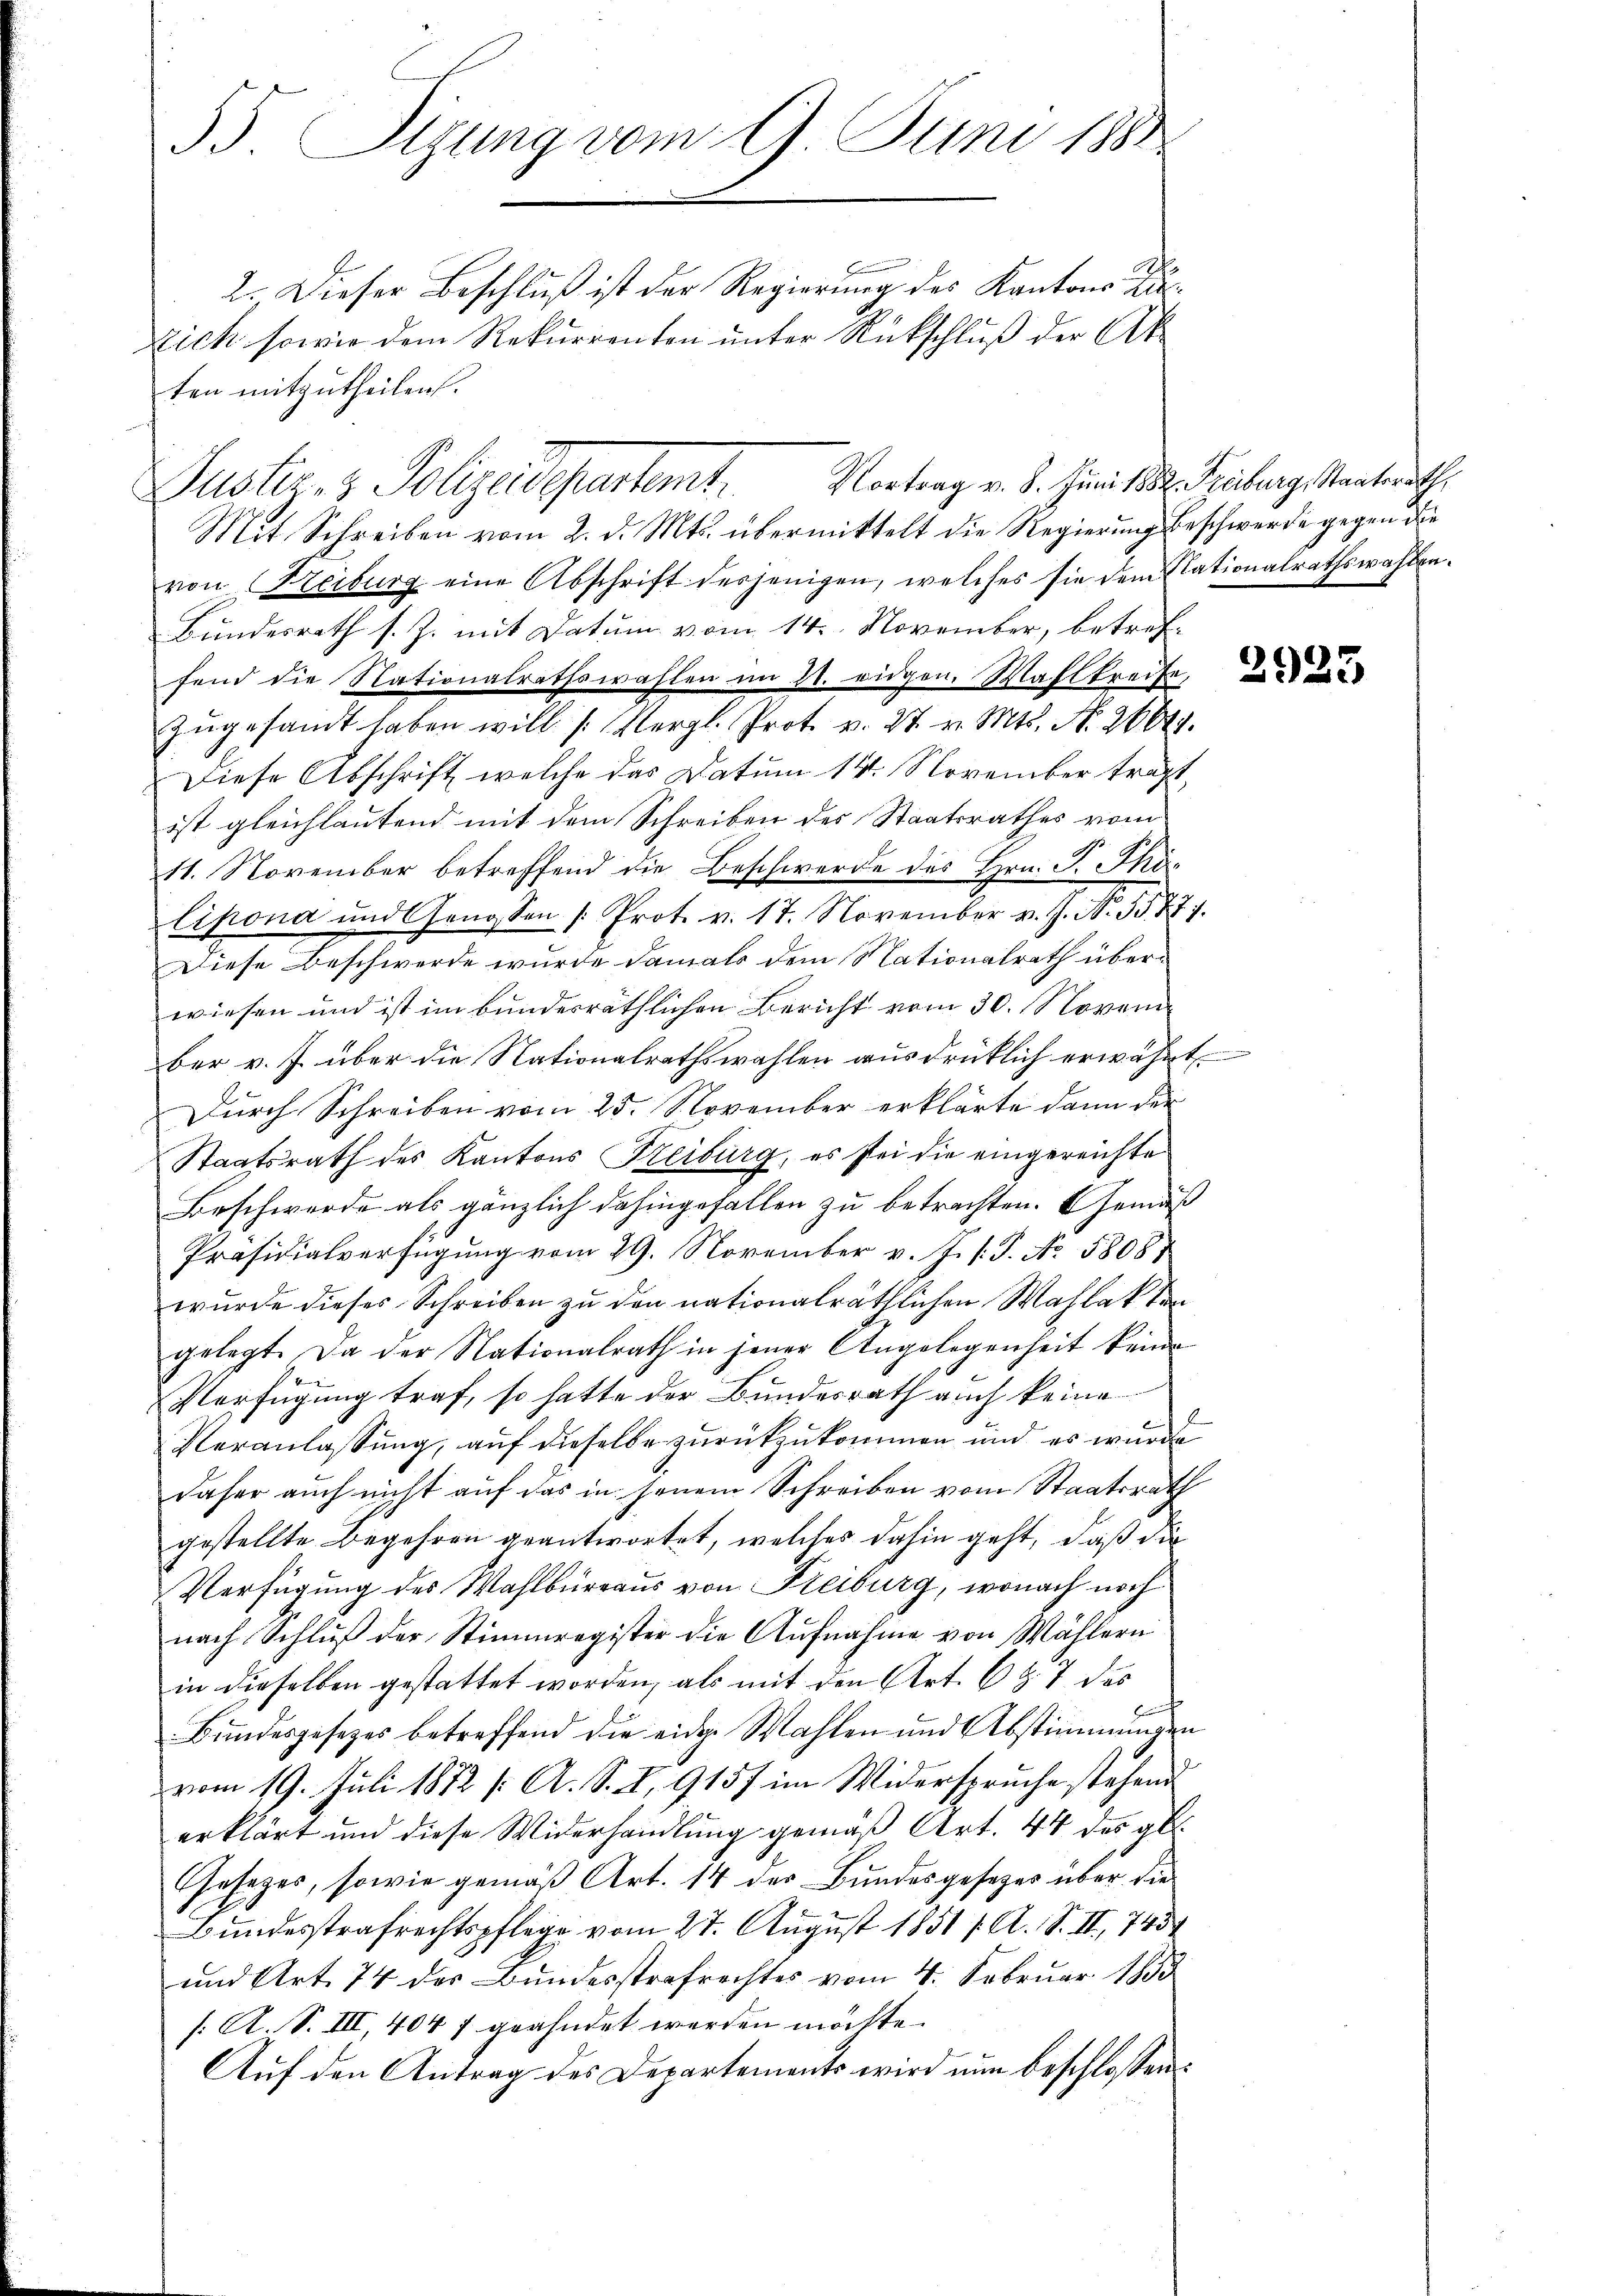
33. Sizung vom 9. Juni 1881
2. Dieser Beschluß ist der Regierung des Kantons Zu¬
Eich sowie dem Rekurrenten unter Rückschluß der Ak

ten mitzutheilen.
Mit Schreiben vom 2. d. Mts. übermittelt die Regierung beschwerde gegen die
von Heiburg eine Abschrift derjenigen, welches sie dem Elationalrathswahlen.
Bundesrath s. Z. mit Datum vom 14. November, betreffend die Nationalrathswahlen im 21. eidgen. Wahlkreise,
zugesandt haben will (Vergl. Prot. v. 27. v. Mts. N. 26641.
Diese Abschrift welche das Datum 14. November traft,
ist gleichlautend mit dem Schreiben des Staatsrathes vom
11. November betreffend die Beschwerde des Hrn. P. Thölipona und Genossen (Prot. v. 17. November v. J. N. S. 777.
Diese Beschwerde wurde damals dem Nationalrath überwiesen und ist im bundesräthlichen Bericht vom 30. Novem
ber v. J. über die Nationalrathswahlen ausdrücklich erwähnt
Durch Schreiben vom 25. November erklärte dann der
Staatsrath des Kantons Freiburg, es sei die eingereichte
Beschwerde als gänzlich dahingefallen zu betrachten. Gemäß
Präsidialverfügung vom 29. November v. J. s. S. No. 5808
wurde dieses Schreiben zu den nationalräthlichen Wahlak von
gelegt. Da der Nationalrath in jener Angelegenheit keine
Verfügung traf, so hatte der Bundesrath auch keine
Veranlassung, auf dieselbe zurückzukommen und es wurde
daher auch nicht auf das in jenem Schreiben vom Staatsrath
gestellte Begehren geantwortet, welches dahin geht, daß die
Verfügung des Wahlbureaus von Freiburg, wonach noch
nach Schlŭβ der Stimmregister die Aŭfnahme von Wählern
in dieselben gestattet worden, als mit den Art. 6 Z. 7 des
B
Bundesgesetzes betreffend die eidge Wahlen und Abstimmungen
vom 19. Juli 1872 /: A. S. I, 9157 im Widerspruche stehend
erklärt und diese Widerhandlung gemäß Art. 44 des gl.
Gesetzes, sowie gemäß Art. 14 der Bundesgesezes über die
Bundesstrafrechtspflege vom 27. August 1851 /A. S. II. 743
und Art. 74 des Bundesstrafrechtes vom 4. Februar 1883
/: A. S. III, 404 7 geahndet werden möchte.
Auf den Antrag des Departements wird nun beschlossen:

Justiz- & Polizeidepartemt. Vortrag v. 5. Juni 1832. Freiburg Staatsraths

2925